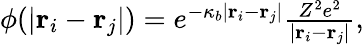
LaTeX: \begin{array}{r}{\phi(|{\mathbf r}_{i}-{\mathbf r}_{j}|)=e^{-\kappa_{b}|{\mathbf r}_{i}-{\mathbf r}_{j}|}\frac{Z^{2}e^{2}}{|{\mathbf r}_{i}-{\mathbf r}_{j}|},}\end{array}